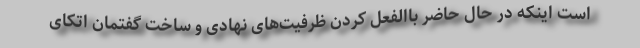
است اینکه در حال حاضر باالفعل کردن ظرفیت‌های نهادی و ساخت گفتمان اتکای